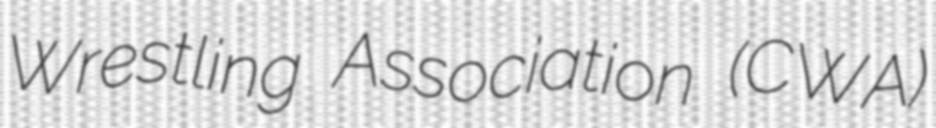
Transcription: Wrestling Association (CWA)